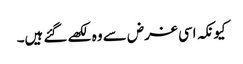
کیونکہ اسی غرض سے وہ لکھے گئے ہیں۔